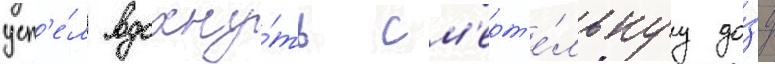
усп'е́л вдохну́ть см'ерт'е́льнуу до́зу